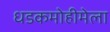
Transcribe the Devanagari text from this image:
धडकमोहीमेला